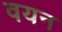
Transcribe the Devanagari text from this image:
वयन